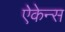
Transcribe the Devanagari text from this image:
ऐकेन्स